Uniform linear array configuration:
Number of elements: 24
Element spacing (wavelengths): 1
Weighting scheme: hamming
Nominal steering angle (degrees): -45
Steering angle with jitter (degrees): -46.614
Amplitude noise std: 0.05
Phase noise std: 0.05

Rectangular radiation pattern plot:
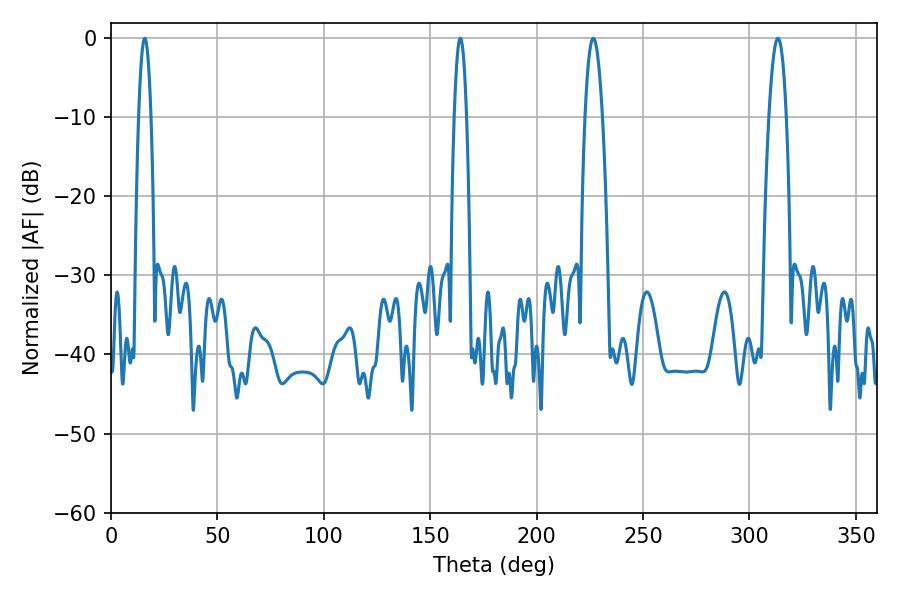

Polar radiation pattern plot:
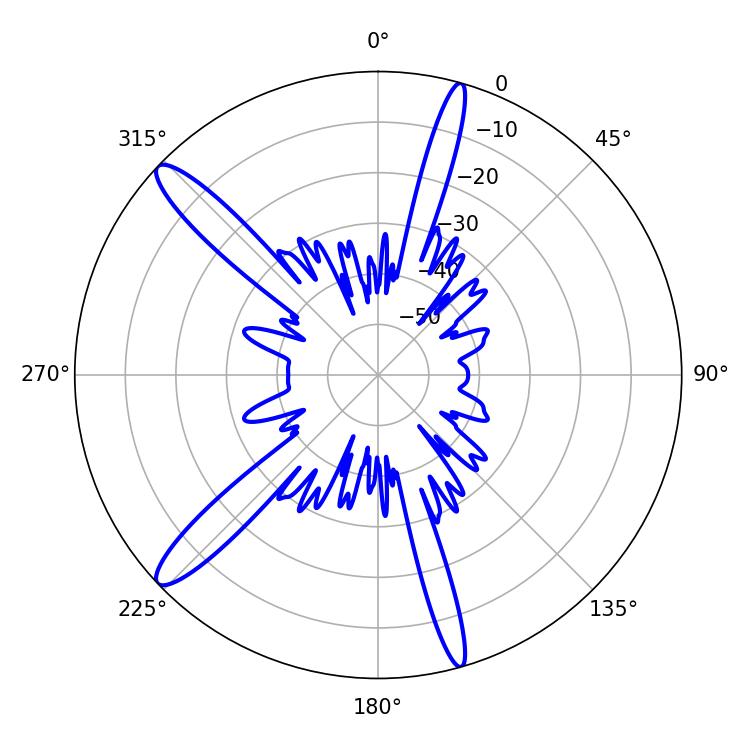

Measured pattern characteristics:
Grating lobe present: TRUE
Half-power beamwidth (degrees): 4.5
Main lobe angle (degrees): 226.62